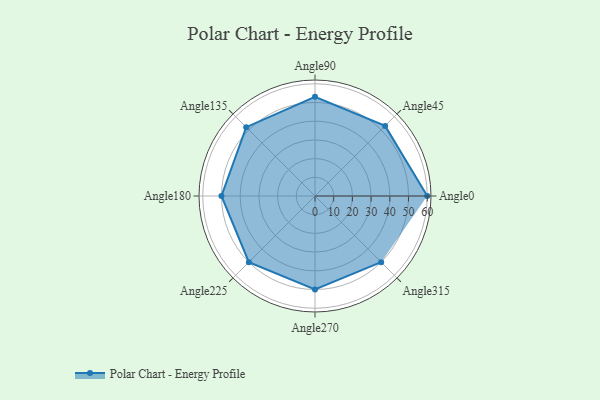
{"axis": {"x": "Angle", "y": "Radius"}, "legend": [""], "data": [{"x": "Angle0", "y": 60.0, "type": ""}, {"x": "Angle45", "y": 53.0, "type": ""}, {"x": "Angle90", "y": 53.0, "type": ""}, {"x": "Angle135", "y": 52.0, "type": ""}, {"x": "Angle180", "y": 50, "type": ""}, {"x": "Angle225", "y": 50, "type": ""}, {"x": "Angle270", "y": 50, "type": ""}, {"x": "Angle315", "y": 50, "type": ""}]}